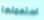
استعملها